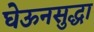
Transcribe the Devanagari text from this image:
घेऊनसुद्धा